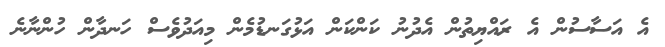
އެ އަސާސުން އެ ރައްޔިތުން އެދުނު ކަންކަން އަޅުގަނޑުމެން މިއަދުވެސް ހަނދާން ހުންނާނެ